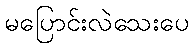
မပြောင်းလဲသေးပေ